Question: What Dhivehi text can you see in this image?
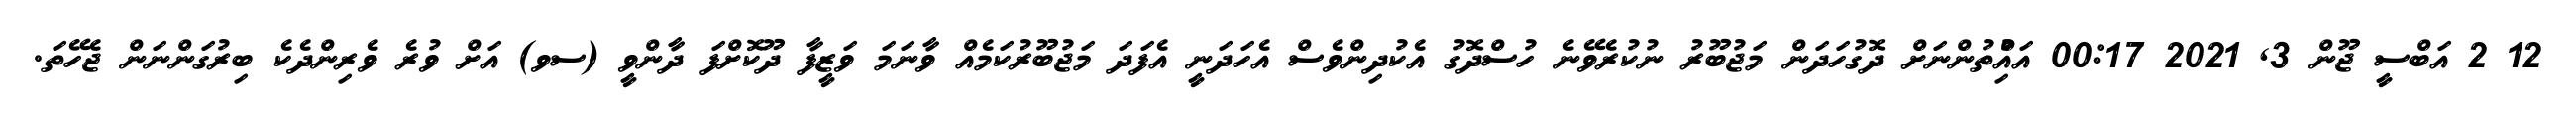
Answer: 12 2 އަބްސީ ޖޫން 3, 2021 00:17 އައްުިތުންނަށް ދޮގުހަދަން މަޖުބޫރު ނުކުރެވޭނެ ހުސްދޮގު އެކުދިންވެސް އެހަދަނީ އެފަދަ މަޖުބޫރުކަމެއް ވާނަމަ ވަޒީފާ ދޫކޮށްފަ ދާންވީ (ސވ) އަށް ވުރެ ވެރިންދެކެ ބިރުގަންނަން ޖެހޭތަ.